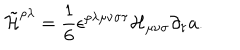
\tilde { \cal H } ^ { \rho \lambda } = { \frac { 1 } { 6 } } \epsilon ^ { \rho \lambda \mu \nu \sigma \tau } { \cal H } _ { \mu \nu \sigma } \partial _ { \tau } a .